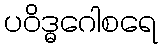
ပဝိဒ္ဓဂေါစရေ